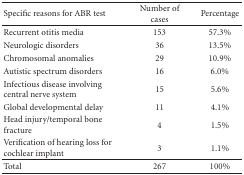
<table><thead><tr><td><b> Specific reasons for ABR test</b></td><td><b>Number of cases</b></td><td><b>Percentage</b></td></tr></thead><tbody><tr><td> Recurrent otitis media</td><td> 153</td><td> 57.3%</td></tr><tr><td>Neurologic disorders</td><td>36</td><td>13.5%</td></tr><tr><td>Chromosomal anomalies</td><td>29</td><td>10.9%</td></tr><tr><td>Autistic spectrum disorders</td><td>16</td><td>6.0%</td></tr><tr><td>Infectious disease involving central nerve system</td><td>15</td><td>5.6%</td></tr><tr><td>Global developmental delay</td><td>11</td><td>4.1%</td></tr><tr><td>Head injury/temporal bone fracture</td><td>4</td><td>1.5%</td></tr><tr><td> Verification of hearing loss for cochlear implant</td><td> 3</td><td> 1.1%</td></tr><tr><td>Total</td><td>267</td><td>100%</td></tr></tbody></table>